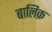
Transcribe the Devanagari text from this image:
बालिक़